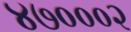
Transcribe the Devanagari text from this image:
४७०००२